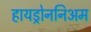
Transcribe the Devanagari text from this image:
हायड्रोननिअम